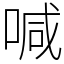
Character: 喊